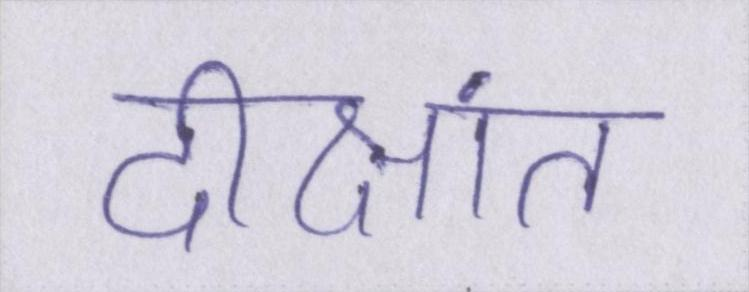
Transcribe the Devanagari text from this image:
दीक्षांत